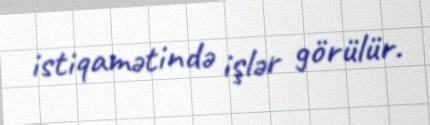
istiqamətində işlər görülür.